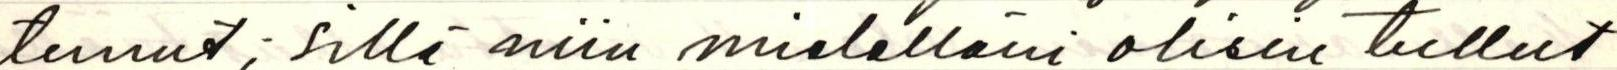
tunut; sillä niin mielelläni olisin tullut